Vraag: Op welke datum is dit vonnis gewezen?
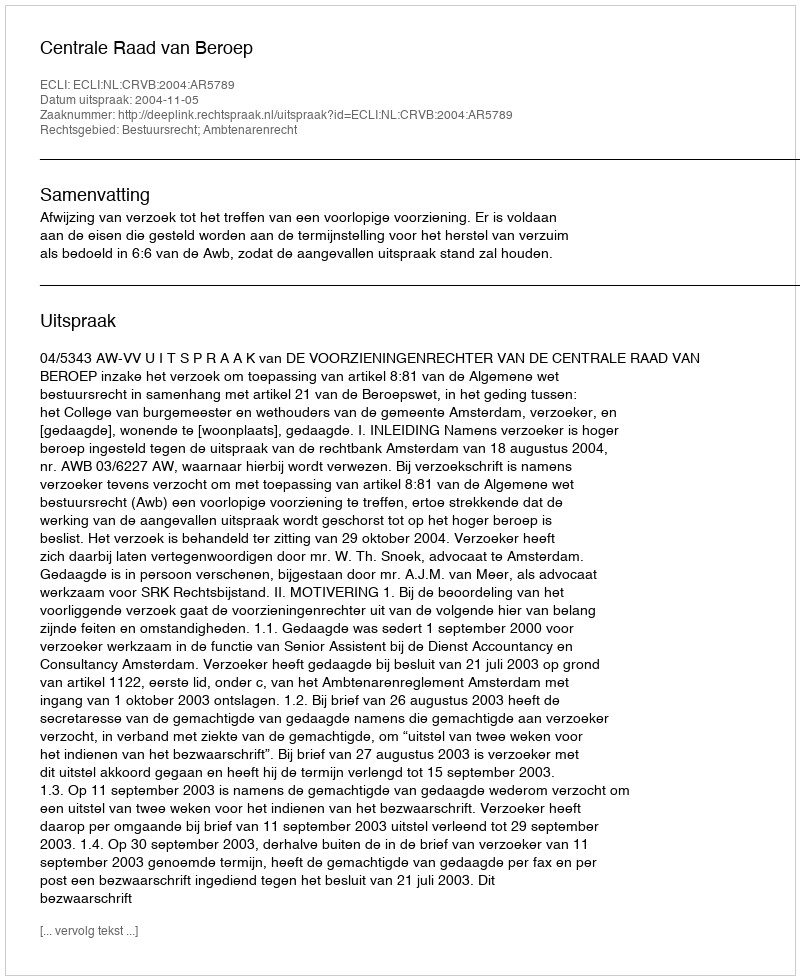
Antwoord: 2004-11-05